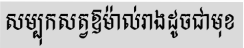
សម្បុកសត្វឱម៉ាល់រាងដូចជាមុខ